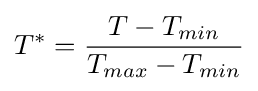
T^{*}={\frac {T-T_{min}}{T_{max}-T_{min}}}